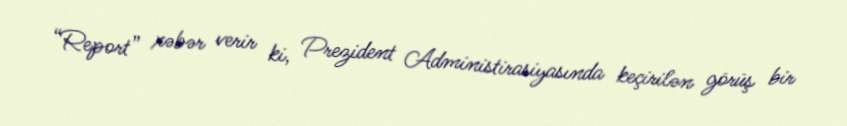
“Report” xəbər verir ki, Prezident Administirasiyasında keçirilən görüş bir